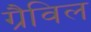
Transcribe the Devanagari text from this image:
ग्रैविल